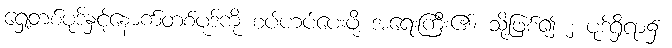
ရှေ့တစ်ပုဒ်နှင့်နောက်တစ်ပုဒ်ကို စပ်ဟပ်ပေးဖို့ အရေးကြီး၏၊ သို့ဖြစ်၍ ၂ ပုဒ်ရှိရာ၌